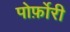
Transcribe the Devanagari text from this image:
पोर्फ़ोरी